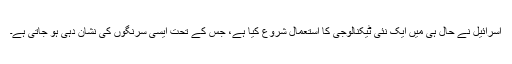
اسرائیل نے حال ہی میں ایک نئی ٹیکنالوجی کا استعمال شروع کیا ہے، جس کے تحت ایسی سرنگوں کی نشان دہی ہو جاتی ہے۔